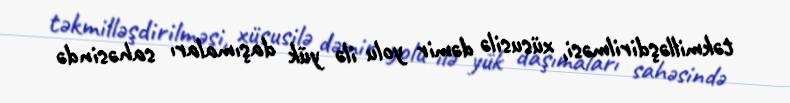
təkmilləşdirilməsi, xüsusilə dəmir yolu ilə yük daşımaları sahəsində